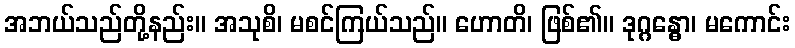
အဘယ်သည်တို့နည်း။ အသုစိ၊ မစင်ကြယ်သည်။ ဟောတိ၊ ဖြစ်၏။ ဒုဂ္ဂန္ဓော၊ မကောင်း